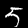
Digit: 5